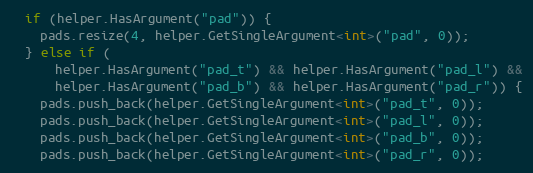
Language: C++
  if (helper.HasArgument("pad")) {
    pads.resize(4, helper.GetSingleArgument<int>("pad", 0));
  } else if (
      helper.HasArgument("pad_t") && helper.HasArgument("pad_l") &&
      helper.HasArgument("pad_b") && helper.HasArgument("pad_r")) {
    pads.push_back(helper.GetSingleArgument<int>("pad_t", 0));
    pads.push_back(helper.GetSingleArgument<int>("pad_l", 0));
    pads.push_back(helper.GetSingleArgument<int>("pad_b", 0));
    pads.push_back(helper.GetSingleArgument<int>("pad_r", 0));